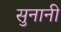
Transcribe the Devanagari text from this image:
सुनानी